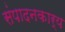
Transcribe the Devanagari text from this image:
संपादनकार्य